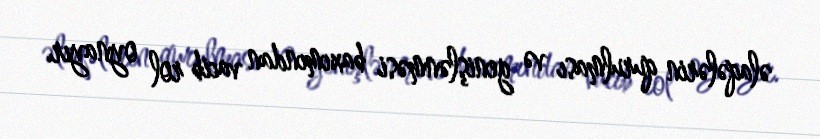
əlaqələrin qurulması və genişlənməsi baxımından vacib rol oynayır.